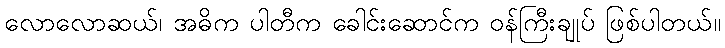
လောလောဆယ်၊ အဓိက ပါတီက ခေါင်းဆောင်က ဝန်ကြီးချုပ် ဖြစ်ပါတယ်။